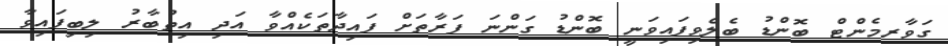
ގަވާރމެންޓް ބޮންޑު ބެލެވިފައިވަނީ ބޮންޑު ގަންނަ ފަރާތަށް ފައިދާތަކެއްވާ އަދި އިތުބާރު ލިބިފައިވާ